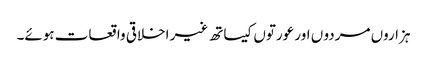
ہزاروں مردو ں اور عورتوں کیساتھ غیر اخلاقی واقعات ہوئے۔